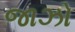
જાઝો